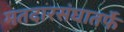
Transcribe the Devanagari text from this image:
मतदारसंघातर्फे